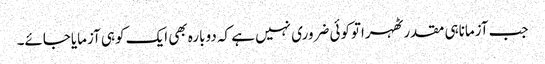
جب آزماناہی مقدرٹھہراتوکوئی ضروری نہیں ہے کہ دوبارہ بھی ایک کوہی آزمایاجائے۔